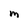
Character: m